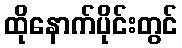
ထိုနောက်ပိုင်းတွင်